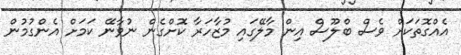
އެއްގޮތަކަށް ވެސް ބްލޫސް އިން މާލޭގައި މުޒާހަރާ ކޮށްގެން ނުވާނޭ ކަމަށް އެންގުމުން